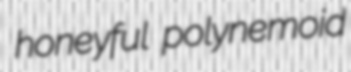
honeyful polynemoid